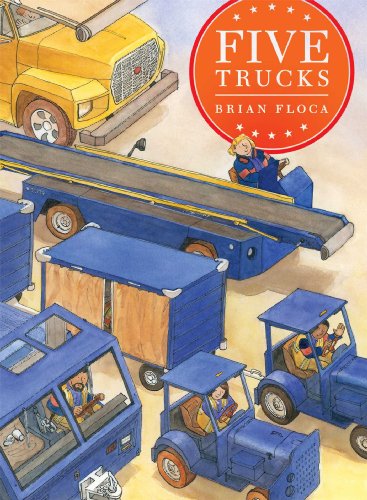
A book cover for Five Trucks (Richard Jackson Books (Atheneum Hardcover)); Brian Floca; Children's Books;